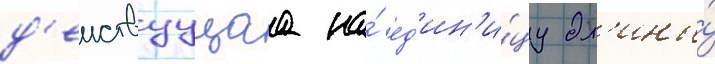
д'еиствуущаа на́ ед'ин'и́цу дл'ины́